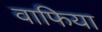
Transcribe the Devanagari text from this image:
वाफिया